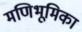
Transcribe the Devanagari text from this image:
मणिभूमिका